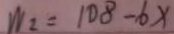
W _ { 2 } = 1 0 8 - 6 x